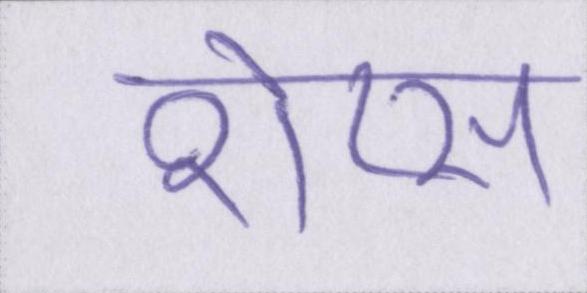
शेप्स